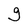
Character: g